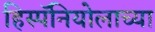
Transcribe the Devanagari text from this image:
हिस्पॅनियोलाच्या